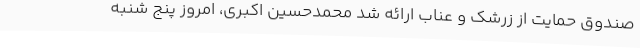
صندوق حمایت از زرشک و عناب ارائه شد محمدحسین اکبری، امروز پنج شنبه